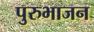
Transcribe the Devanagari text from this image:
पुरुभाजन